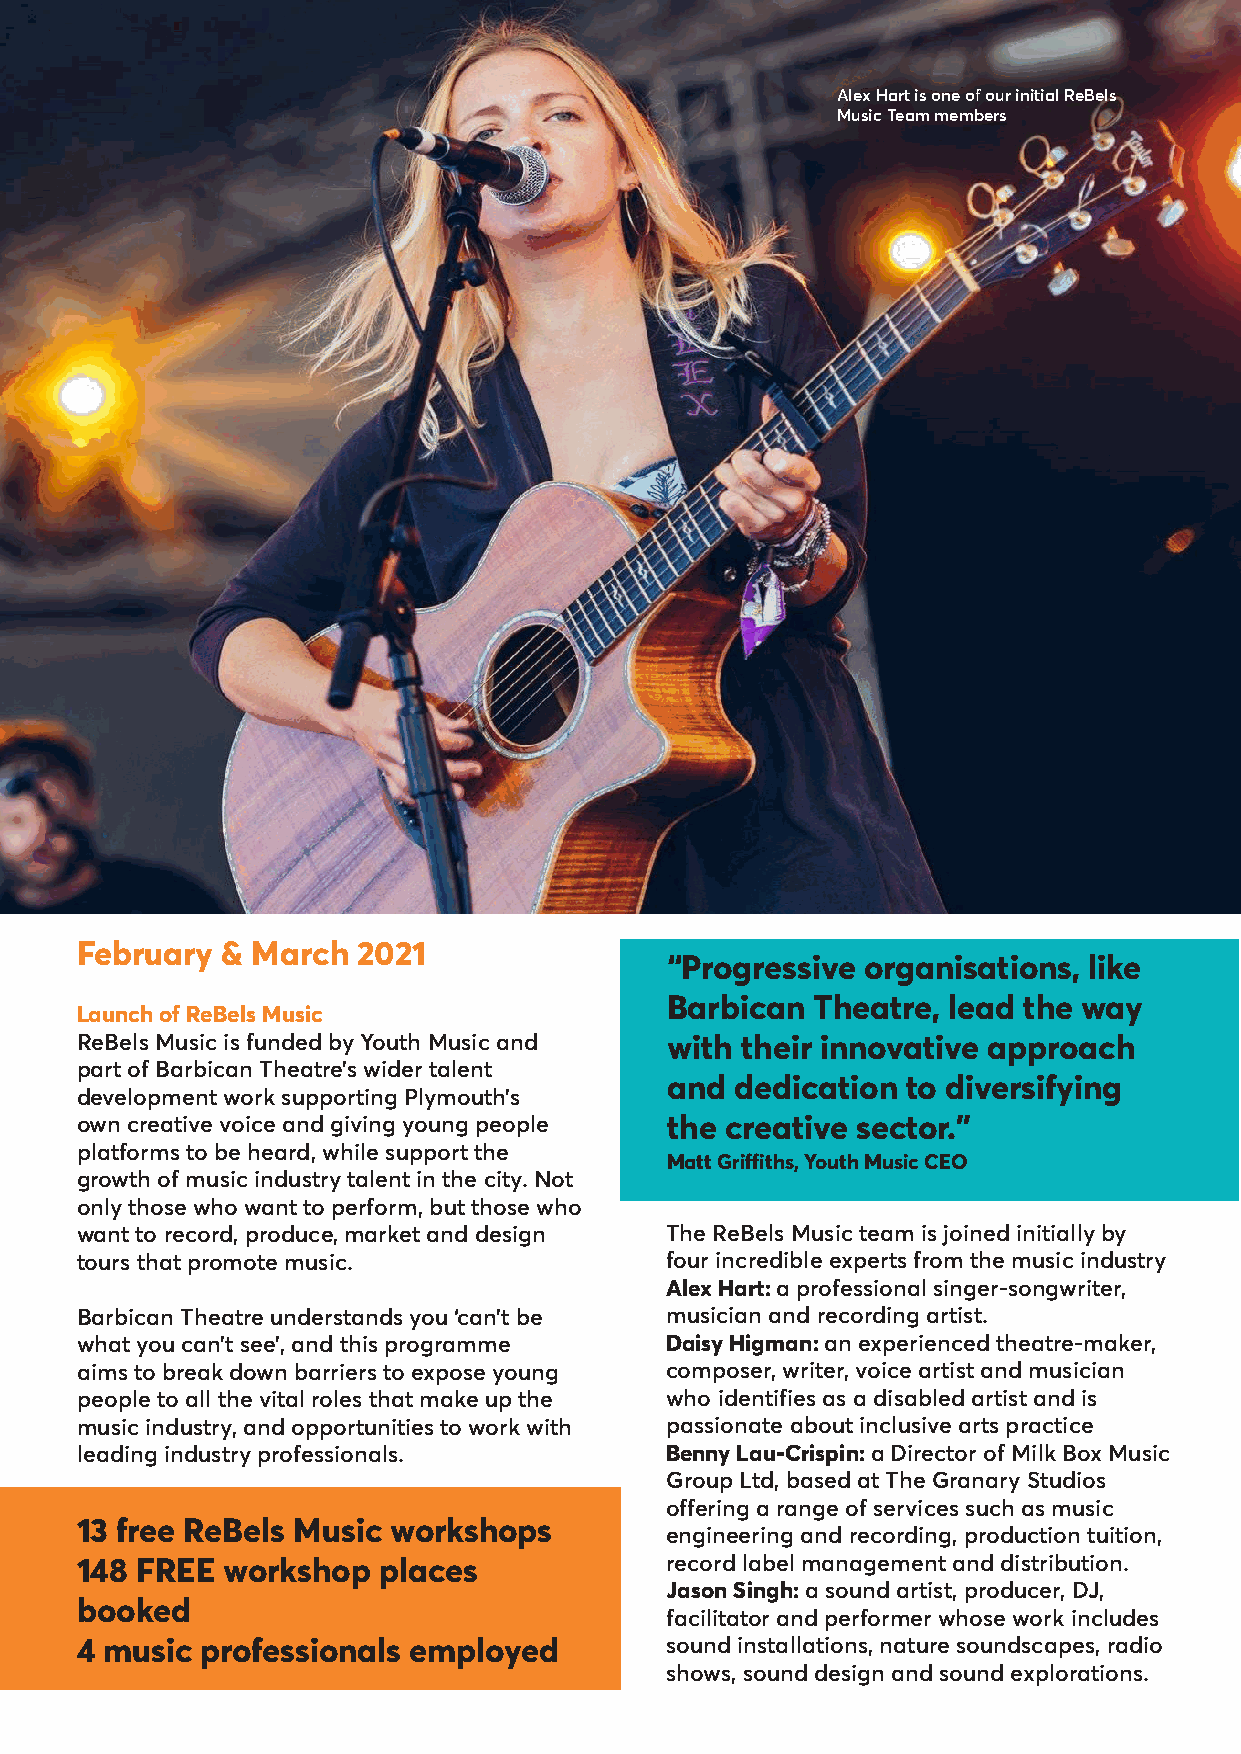
Alex Hart is one of our initial ReBels
 Music Team members
 February  & March  2021
 “Progressive organisations, like
 Barbican  Theatre, lead the way
 Launch of ReBels Music
 ReBels Music is funded by Youth Music and with their innovative approach
 part of Barbican Theatre’s wider talent
 and  dedication to diversifying
 development work supporting Plymouth’s
 own creative voice and giving young people the creative sector.”
 platforms to be heard, while support the
 Matt Griffiths, Youth Music CEO
 growth of music industry talent in the city. Not
 only those who want to perform, but those who
 want to record, produce, market and design The ReBels Music team is joined initially by
 tours that promote music.              four incredible experts from the music industry
 Alex Hart: a professional singer-songwriter,
 Barbican Theatre understands you ‘can’t be musician and recording artist.
 what you can’t see’, and this programme Daisy Higman: an experienced theatre-maker,
 aims to break down barriers to expose young composer, writer, voice artist and musician
 people to all the vital roles that make up the who identifies as a disabled artist and is
 music industry, and opportunities to work with passionate about inclusive arts practice
 leading industry professionals.        Benny Lau-Crispin: a Director of Milk Box Music
 Group Ltd, based at The Granary Studios
 offering a range of services such as music
 13 free ReBels Music workshops
 engineering and recording, production tuition,
 148 FREE  workshop  places             record label management and distribution.
 Jason Singh: a sound artist, producer, DJ,
 booked
 facilitator and performer whose work includes
 4 music professionals employed         sound installations, nature soundscapes, radio
 shows, sound design and sound explorations.